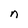
Character: n